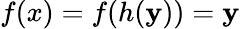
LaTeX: f(x)=f(h(\mathbf{y}))=\mathbf{y}